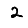
Digit: 2